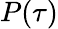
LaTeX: P(\tau)